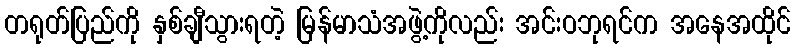
တရုတ်ပြည်ကို နှစ်ချီသွားရတဲ့ မြန်မာသံအဖွဲ့ကိုလည်း အင်းဝဘုရင်က အနေအထိုင်